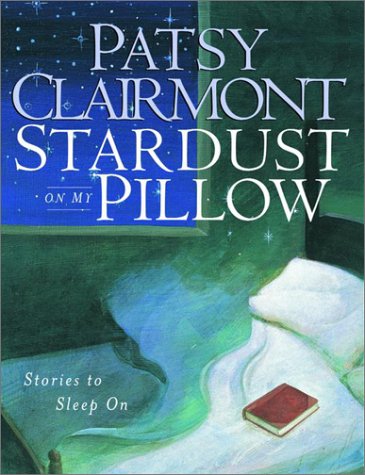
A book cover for Stardust on My Pillow: Stories to Sleep On; Patsy Clairmont; Christian Books & Bibles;